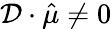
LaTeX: \mathcal{D}\cdot\hat{\mu}\neq 0